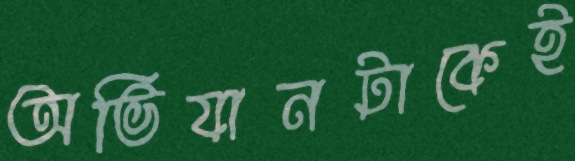
অভিযানটাকেই